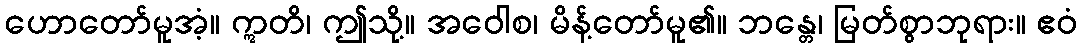
ဟောတော်မူအံ့။ ဣတိ၊ ဤသို့။ အဝေါစ၊ မိန့်တော်မူ၏။ ဘန္တေ၊ မြတ်စွာဘုရား။ ဧဝံ